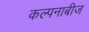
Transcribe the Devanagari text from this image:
कल्पनाबीज